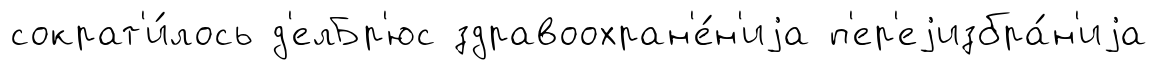
сократ'и́лось д'елБр'юс здравоохран'е́н'иjа п'ер'еjизбра́н'иjа